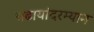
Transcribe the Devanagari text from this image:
चढायांदरम्यान